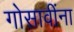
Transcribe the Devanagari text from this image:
गोसावींना